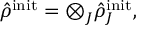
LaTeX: \hat { \rho } ^ { \mathrm { \scriptsize { i n i t } } } = \otimes _ { J } \hat { \rho } _ { J } ^ { \mathrm { \scriptsize { i n i t } } } ,